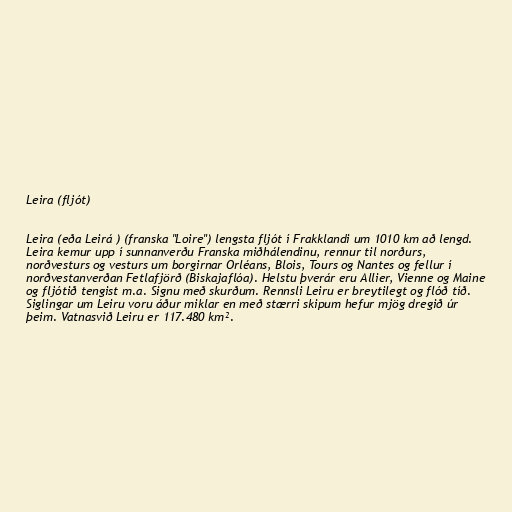
Leira (fljót)

Leira (eða Leirá ) (franska "Loire") lengsta fljót í Frakklandi um 1010 km að lengd.
Leira kemur upp í sunnanverðu Franska miðhálendinu, rennur til norðurs,
norðvesturs og vesturs um borgirnar Orléans, Blois, Tours og Nantes og fellur í
norðvestanverðan Fetlafjörð (Biskajaflóa). Helstu þverár eru Allier, Vienne og Maine
og fljótið tengist m.a. Signu með skurðum. Rennsli Leiru er breytilegt og flóð tíð.
Siglingar um Leiru voru áður miklar en með stærri skipum hefur mjög dregið úr
þeim. Vatnasvið Leiru er 117.480 km².